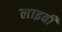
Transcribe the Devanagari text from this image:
लाइवी